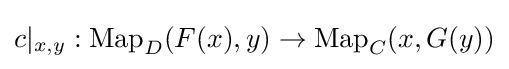
c|_{x,y}:\operatorname {Map} _{D}(F(x),y)\to \operatorname {Map} _{C}(x,G(y))